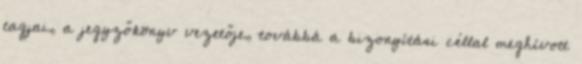
tagjai, a jegyzőkönyv vezetője, továbbá a bizonyítási céllal meghívott